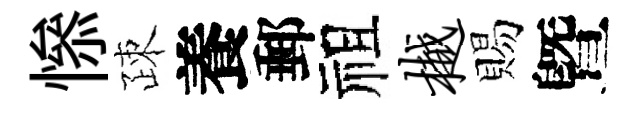
𢡖疎養郵祖樾賜曁